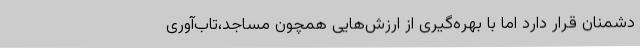
دشمنان قرار دارد اما با بهره‌گیری از ارزش‌هایی همچون مساجد،تاب‌آوری